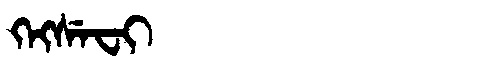
Manchu: ᡴᡝᡴᠰᡝᠸᡳ
Romanization: KEKSEFI